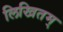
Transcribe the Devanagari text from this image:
लिखितम्